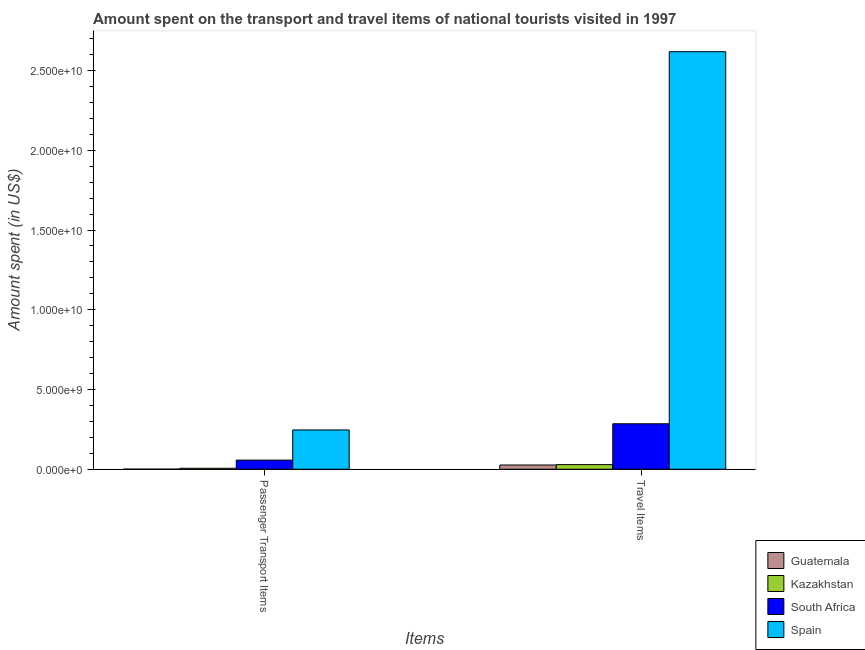
| Items | Guatemala | Kazakhstan | South Africa | Spain |
 | --- | --- | --- | --- | --- |
 | Passenger Transport Items | 4e+06 | 6.1e+07 | 5.71e+08 | 2.46e+09 |
 | Travel Items | 2.66e+08 | 2.89e+08 | 2.85e+09 | 2.62e+10 |